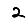
Digit: 2